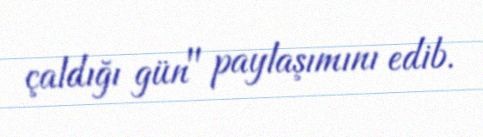
çaldığı gün" paylaşımını edib.